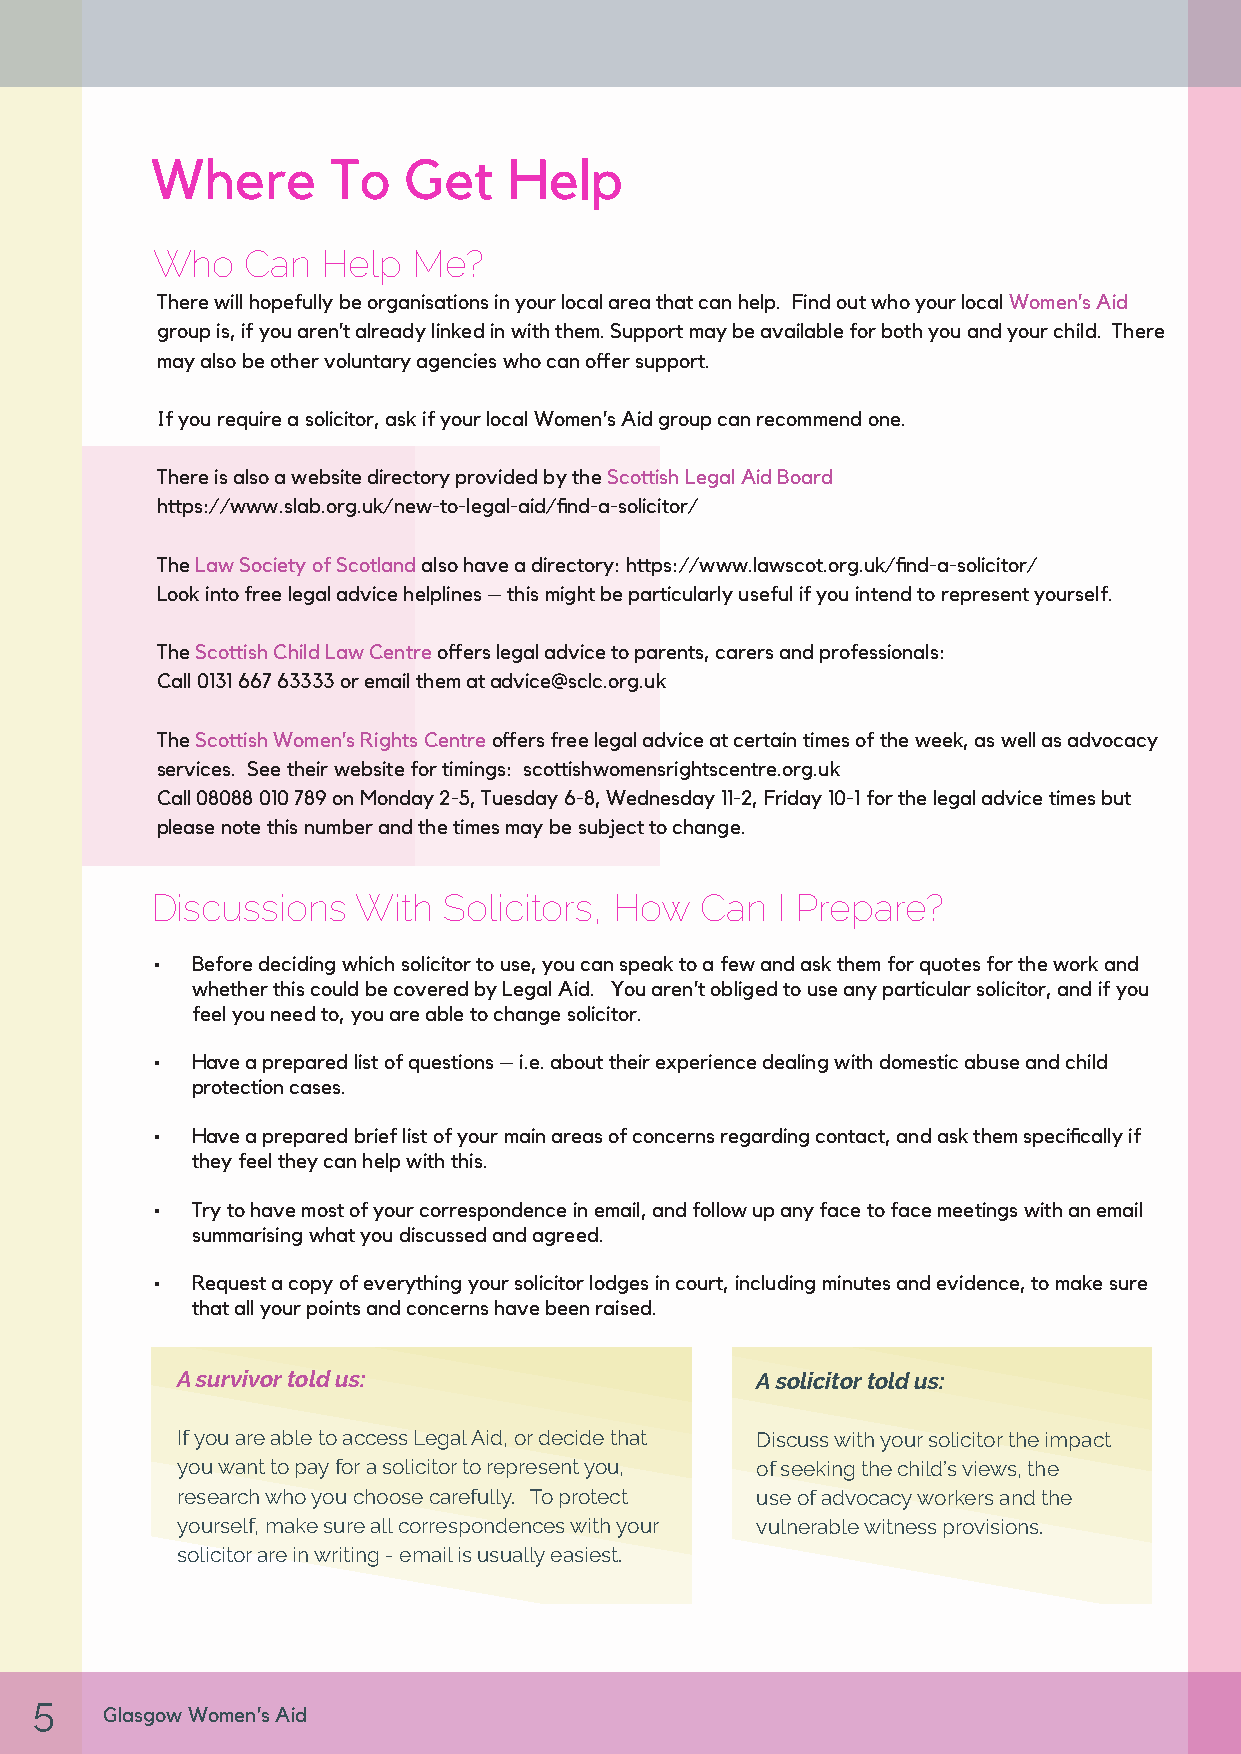
Where       To   Get    Help
 Who   Can  Help  Me?
 There will hopefully be organisations in your local area that can help. Find out who your local Women’s Aid
 group is, if you aren’t already linked in with them. Support may be available for both you and your child. There
 may also be other voluntary agencies who can offer support.
 If you require a solicitor, ask if your local Women’s Aid group can recommend one.
 There is also a website directory provided by the Scottish Legal Aid Board
 https://www.slab.org.uk/new-to-legal-aid/find-a-solicitor/
 The Law Society of Scotland also have a directory: https://www.lawscot.org.uk/find-a-solicitor/
 Look into free legal advice helplines – this might be particularly useful if you intend to represent yourself.
 The Scottish Child Law Centre offers legal advice to parents, carers and professionals:
 Call 0131 667 63333 or email them at advice@sclc.org.uk
 The Scottish Women’s Rights Centre offers free legal advice at certain times of the week, as well as advocacy
 services. See their website for timings: scottishwomensrightscentre.org.uk
 Call 08088 010 789 on Monday 2-5, Tuesday 6-8, Wednesday 11-2, Friday 10-1 for the legal advice times but
 please note this number and the times may be subject to change.
 Discussions   With Solicitors, How  Can  I Prepare?
 •  Before deciding which solicitor to use, you can speak to a few and ask them for quotes for the work and
 whether this could be covered by Legal Aid. You aren’t obliged to use any particular solicitor, and if you
 feel you need to, you are able to change solicitor.
 •  Have a prepared list of questions – i.e. about their experience dealing with domestic abuse and child
 protection cases.
 •  Have a prepared brief list of your main areas of concerns regarding contact, and ask them specifically if
 they feel they can help with this.
 •  Try to have most of your correspondence in email, and follow up any face to face meetings with an email
 summarising what you discussed and agreed.
 •  Request a copy of everything your solicitor lodges in court, including minutes and evidence, to make sure
 that all your points and concerns have been raised.
 A survivor told us:                   A solicitor told us:
 If you are able to access Legal Aid, or decide that Discuss with your solicitor the impact
 you want to pay for a solicitor to represent you, of seeking the child’s views, the
 research who you choose carefully. To protect use of advocacy workers and the
 yourself, make sure all correspondences with your vulnerable witness provisions.
 solicitor are in writing - email is usually easiest.
 5
 Glasgow Women’s Aid